Report on horse surra - Volume I
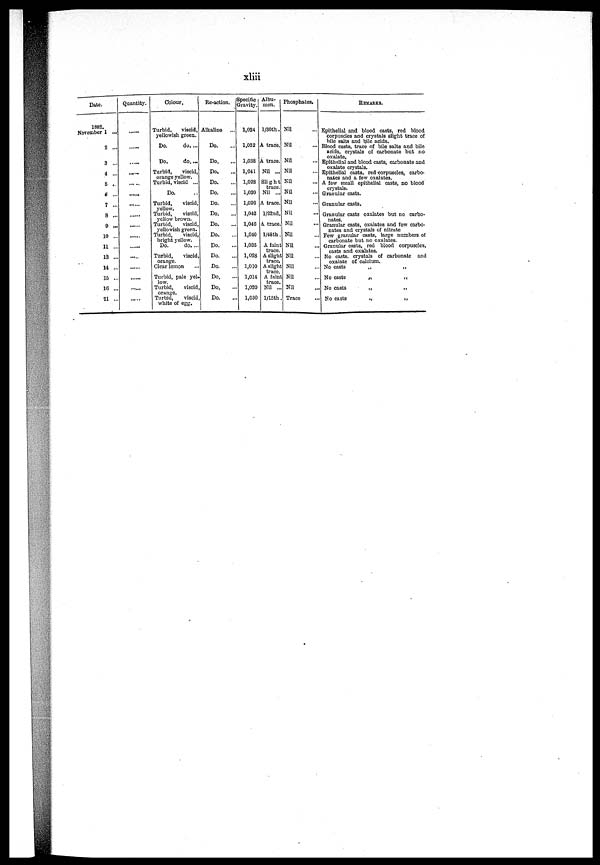
xliii
Date.
1882.
November 1 ...
2 ...
3 ...
4 ...
5 .
6 ...
7 ...
8 ...
9 ...
10 ...
11 ...
13 ...
14 ...
15 ...
16 ...
21 ...
Quantity.
......
Colour.
Turbid,
viscid,
yellowish green.
Do.
do....
Do.
do....
Tuvbid,
viscid,
orange yellow.
Turbid, viscid ...
Do.
Turbid,
viscid,
yellow.
Turbid,
viscid,
yellow brown.
Turbid,
viscid,
yellowish green.
Turbid,
viscid,
bright yellow.
Do.
do. ...
Turbid,
viscid,
orange.
Clear lemon
Turbid, pale yel-
low.
Turbid, viscid,
orange.
Turbid,
viscid,
white of egg.
Re-action.
Alkaline ...
Do. ...
Do. ...
Do. ...
Do. ...
Do. ...
Do. ...
Do. ...
Do. ...
Do. ...
Do. ...
Do. ...
Do. ...
Do. ...
Do. ...
Do. ...
Specific
Gravity.
1,024
1,032
1,038
1,041
1,028
1,030
1,026
1,042
1,046
1,040
1,035
1,028
1,010
1,014
1,020
1,030
Albu¬
men.
l/30th.
A trace.
A trace.
Nil ...
Slight
trace.
Nil ...
A trace.
l/22nd.
A trace.
l/45th.
A faint
trace.
A slight
tracd
A slight
trace.
A faint
trace.
Nil ...
l/15th.
Phosphates.
Nil
Nil
Nil
Nil
Nil
Nil
Nil
Nil
Nil
Nil
Nil
Nil
Nil
Nil
Nil
Trace
REMARKS.
Epithelial and blood casts, red blood
corpuscles and crystals slight trace of
bile salts and bile acids.
Blood casts, trace of bile salts and bile
acids, crystals of carbonate but no
oxalate.
Epithelial and blood casts, carbonate and
oxalate crystals.
Epithelial casts, red-corpuscles, carbo-
nates and a few oxalates.
A few small epithelial casts, no blood
crystals.
Granular casts.
Granular casts,
Granular casts oxalates but no carbo-
nates.
Granular casts, oxalates and few carbo-
nates and crystals of nitrate
Few granular casts, large numbers of
carbonate but no oxalates.
Granular casts, red blood corpuscles,
casts and oxalates.
No casts, crystals of carbonate and
oxalate of calcium.
No casts
„
„
No casts
„
„
No casts
„
„
No casts
.,
„